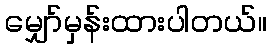
မျှော်မှန်းထားပါတယ်။